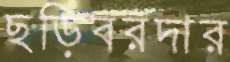
ছড়িবরদার